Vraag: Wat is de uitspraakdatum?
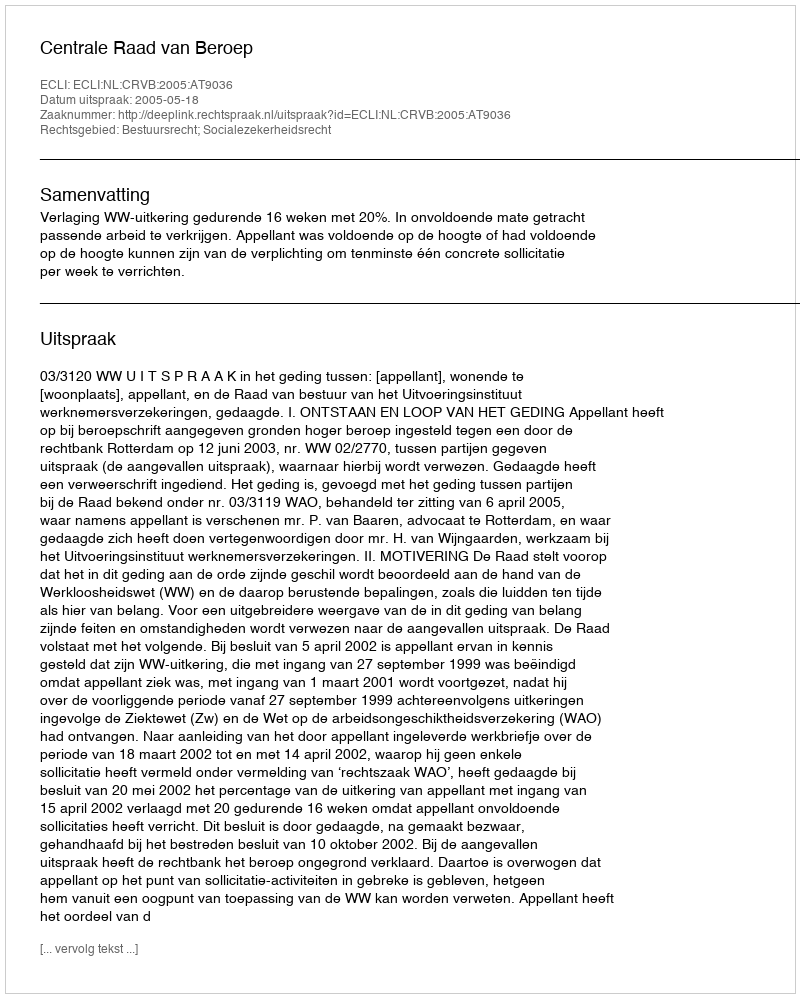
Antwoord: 2005-05-18